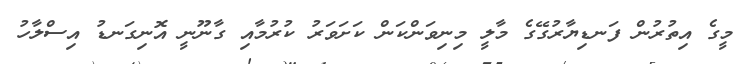
މީގެ އިތުރުން ފަނޑިޔާރުގޭގެ މާލީ މިނިވަންކަން ކަށަވަރު ކުރުމާއި ގާނޫނީ އޮނިގަނޑު އިސްލާހު